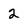
Character: 2